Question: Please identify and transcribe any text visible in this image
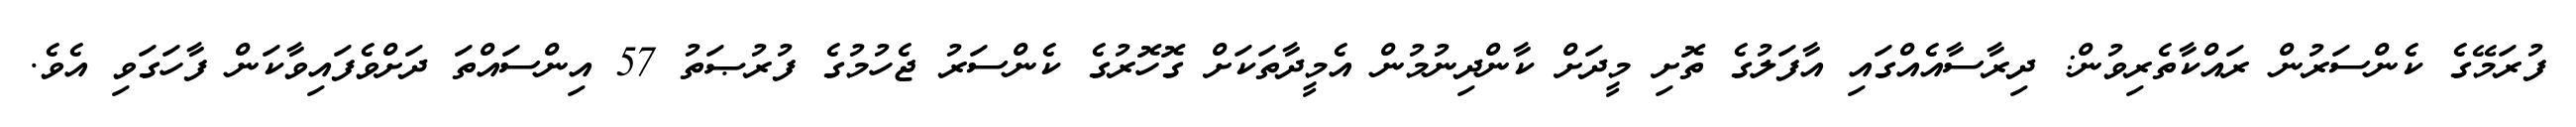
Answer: ފުރަމޭގެ ކެންސަރުން ރައްކާތެރިވުން: ދިރާސާއެއްގައި އާފަލުގެ ތޮށި މީދަށް ކާންދިނުމުން އެމީދާތަކަށް ގޮހޮރުގެ ކެންސަރު ޖެހުމުގެ ފުރުޞަތު 57 އިންސައްތަ ދަށްވެފައިވާކަން ފާހަގަވި އެވެ.